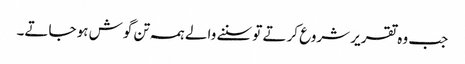
جب و ہ تقریر شروع کرتے تو سننے والے ہمہ تن گوش ہو جاتے۔